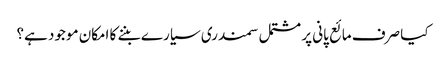
کیا صرف مائع پانی پر مشتمل سمندری سیارے بننے کا امکان موجود ہے؟